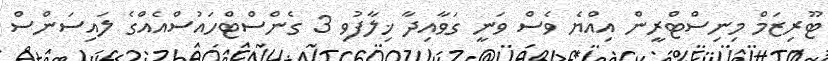
ޓޫރިޒަމް މިނިސްޓްރީން އިއްޔެ ވެސް ވަނީ ގަވާއިދާ ޚިލާފުވި 3 ގެންސްޓްހައުސްއެއްގެ ލައިސަންސް